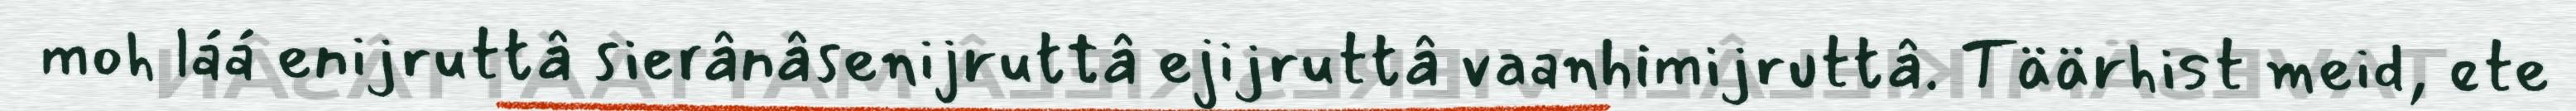
moh láá enijruttâ sierânâsenijruttâ ejijruttâ vaanhimijruttâ. Täärhist meid, ete